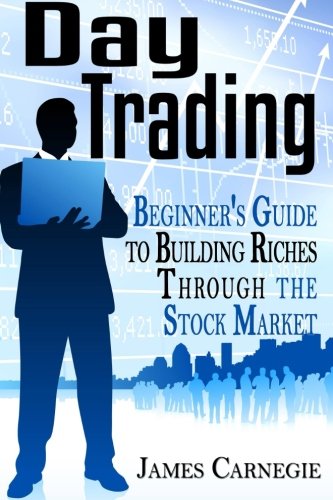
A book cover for Day Trading: Beginner's Guide to Building Riches Through the Stock Market; James Carnegie; Business & Money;